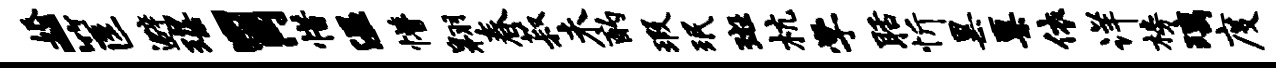
婚-筐避琛胃惜温懵翱春菽未酌瑕珉斑杭学聒忻黑粟依详榜璃度